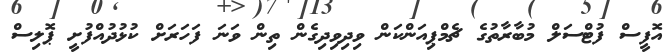
އޮފީސް ފުޓްސަލް މުބާރާތުގެ ޗެމްޕިއަންކަން ވިދިވިދިގެން ތިން ވަނަ ފަހަރަށް ކުޅުދުއްފުށީ ޕޮލިސް